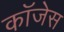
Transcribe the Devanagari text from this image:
कॉजेस